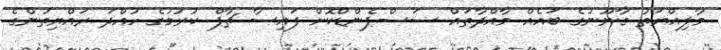
މާލިއްޔަތު ގާނޫނުގެ ބައެއް މާއްދާތައް ސަސްޕެންޑްކޮށް ފައިސާ ޗާޕް ކުރުމުގެ ހުއްދަ ރައްޔިތުންގެ